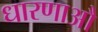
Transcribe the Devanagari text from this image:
धारणाऔ